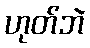
ဟုတ်ဘဲ